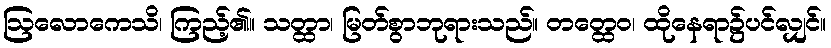
ဩလောကေသိ၊ ကြည့်၏။ သတ္ထာ၊ မြတ်စွာဘုရားသည်။ တတ္ထေဝ၊ ထိုနေရာ၌ပင်လျှင်။